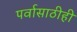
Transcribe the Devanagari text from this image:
पर्वासाठीही